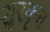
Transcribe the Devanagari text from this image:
शुरकृत